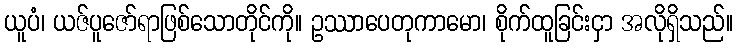
ယူပံ၊ ယဇ်ပူဇော်ရာဖြစ်သောတိုင်ကို။ ဥဿာပေတုကာမော၊ စိုက်ထူခြင်းငှာ အလိုရှိသည်။